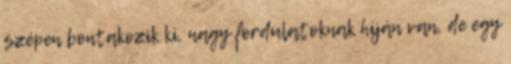
szépen bontakozik ki, nagy fordulatoknak híján van, de egy